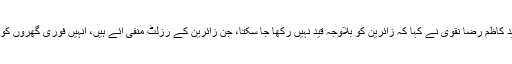
علامہ حافظ سید کاظم رضا نقوی نے کہا کہ زائرین کو بلاوجہ قید نہیں رکھا جا سکتا، جن زائرین کے رزلٹ منفی آئے ہیں، انہیں فوری گھروں کو بھجوایا جائے۔